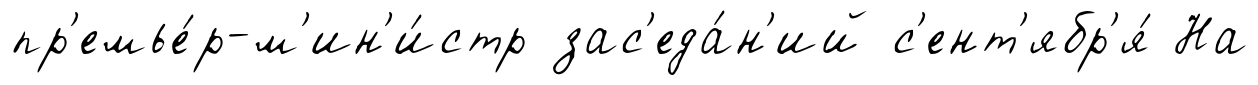
пр'емье́р-м'ин'и́стр зас'еда́н'ий с'ент'ябр'я́ На